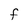
Character: F